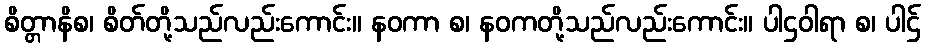
စိတ္တာနိစ၊ စိတ်တို့သည်လည်းကောင်း။ နဝကာ စ၊ နဝကတို့သည်လည်းကောင်း။ ပါဌဝါရာ စ၊ ပါဌ်